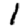
Digit: 1